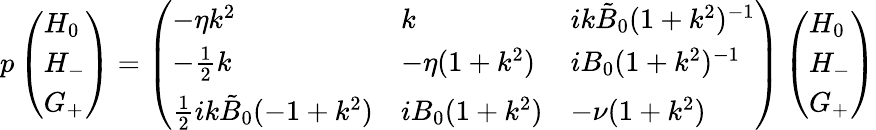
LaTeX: p\left(\begin{array}{l}{H_{0}}\\ {H_{-}}\\ {G_{+}}\end{array}\right)=\left(\begin{array}{lll}{-\eta k^{2}}&{k}&{ik\tilde{B}_{0}(1+k^{2})^{-1}}\\ {-\frac{1}{2}k}&{-\eta(1+k^{2})}&{iB_{0}(1+k^{2})^{-1}}\\ {\frac{1}{2}ik\tilde{B}_{0}(-1+k^{2})}&{iB_{0}(1+k^{2})}&{-\nu(1+k^{2})}\end{array}\right)\left(\begin{array}{l}{H_{0}}\\ {H_{-}}\\ {G_{+}}\end{array}\right)